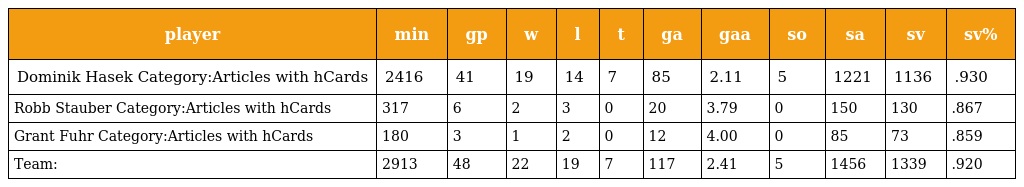
| player | min | gp | w | l | t | ga | gaa | so | sa | sv | sv% |
 | --- | --- | --- | --- | --- | --- | --- | --- | --- | --- | --- | --- |
 | Dominik Hasek Category:Articles with hCards | 2416 | 41 | 19 | 14 | 7 | 85 | 2.11 | 5 | 1221 | 1136 | .930 |
 | Robb Stauber Category:Articles with hCards | 317 | 6 | 2 | 3 | 0 | 20 | 3.79 | 0 | 150 | 130 | .867 |
 | Grant Fuhr Category:Articles with hCards | 180 | 3 | 1 | 2 | 0 | 12 | 4.00 | 0 | 85 | 73 | .859 |
 | Team: | 2913 | 48 | 22 | 19 | 7 | 117 | 2.41 | 5 | 1456 | 1339 | .920 |